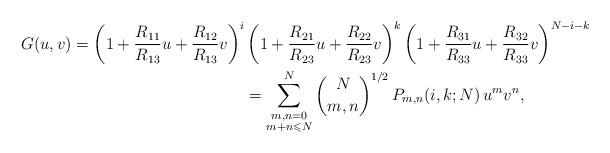
LaTeX: \begin{align*}\begin{aligned}G(u,v)=\left(1+\frac{R_{11}}{R_{13}}u+\frac{R_{12}}{R_{13}}v\right)^{i}&\left(1+\frac{R_{21}}{R_{23}}u+\frac{R_{22}}{R_{23}}v\right)^{k}\left(1+\frac{R_{31}}{R_{33}}u+\frac{R_{32}}{R_{33}}v\right)^{N-i-k}\\&=\sum_{\substack{m,n=0\\ m+n\leqslant N}}^{N}\binom{N}{m,n}^{1/2}\,P_{m,n}(i,k;N)\,u^{m}v^{n},\end{aligned}\end{align*}